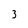
Character: 3